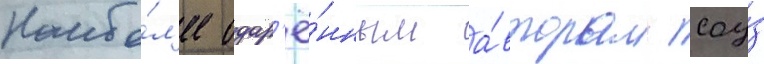
Наибо́л'ее одар'ё́нным а́вторам соу́з